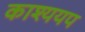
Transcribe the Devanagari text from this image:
काश्ययप